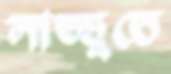
লাড্ডুতে